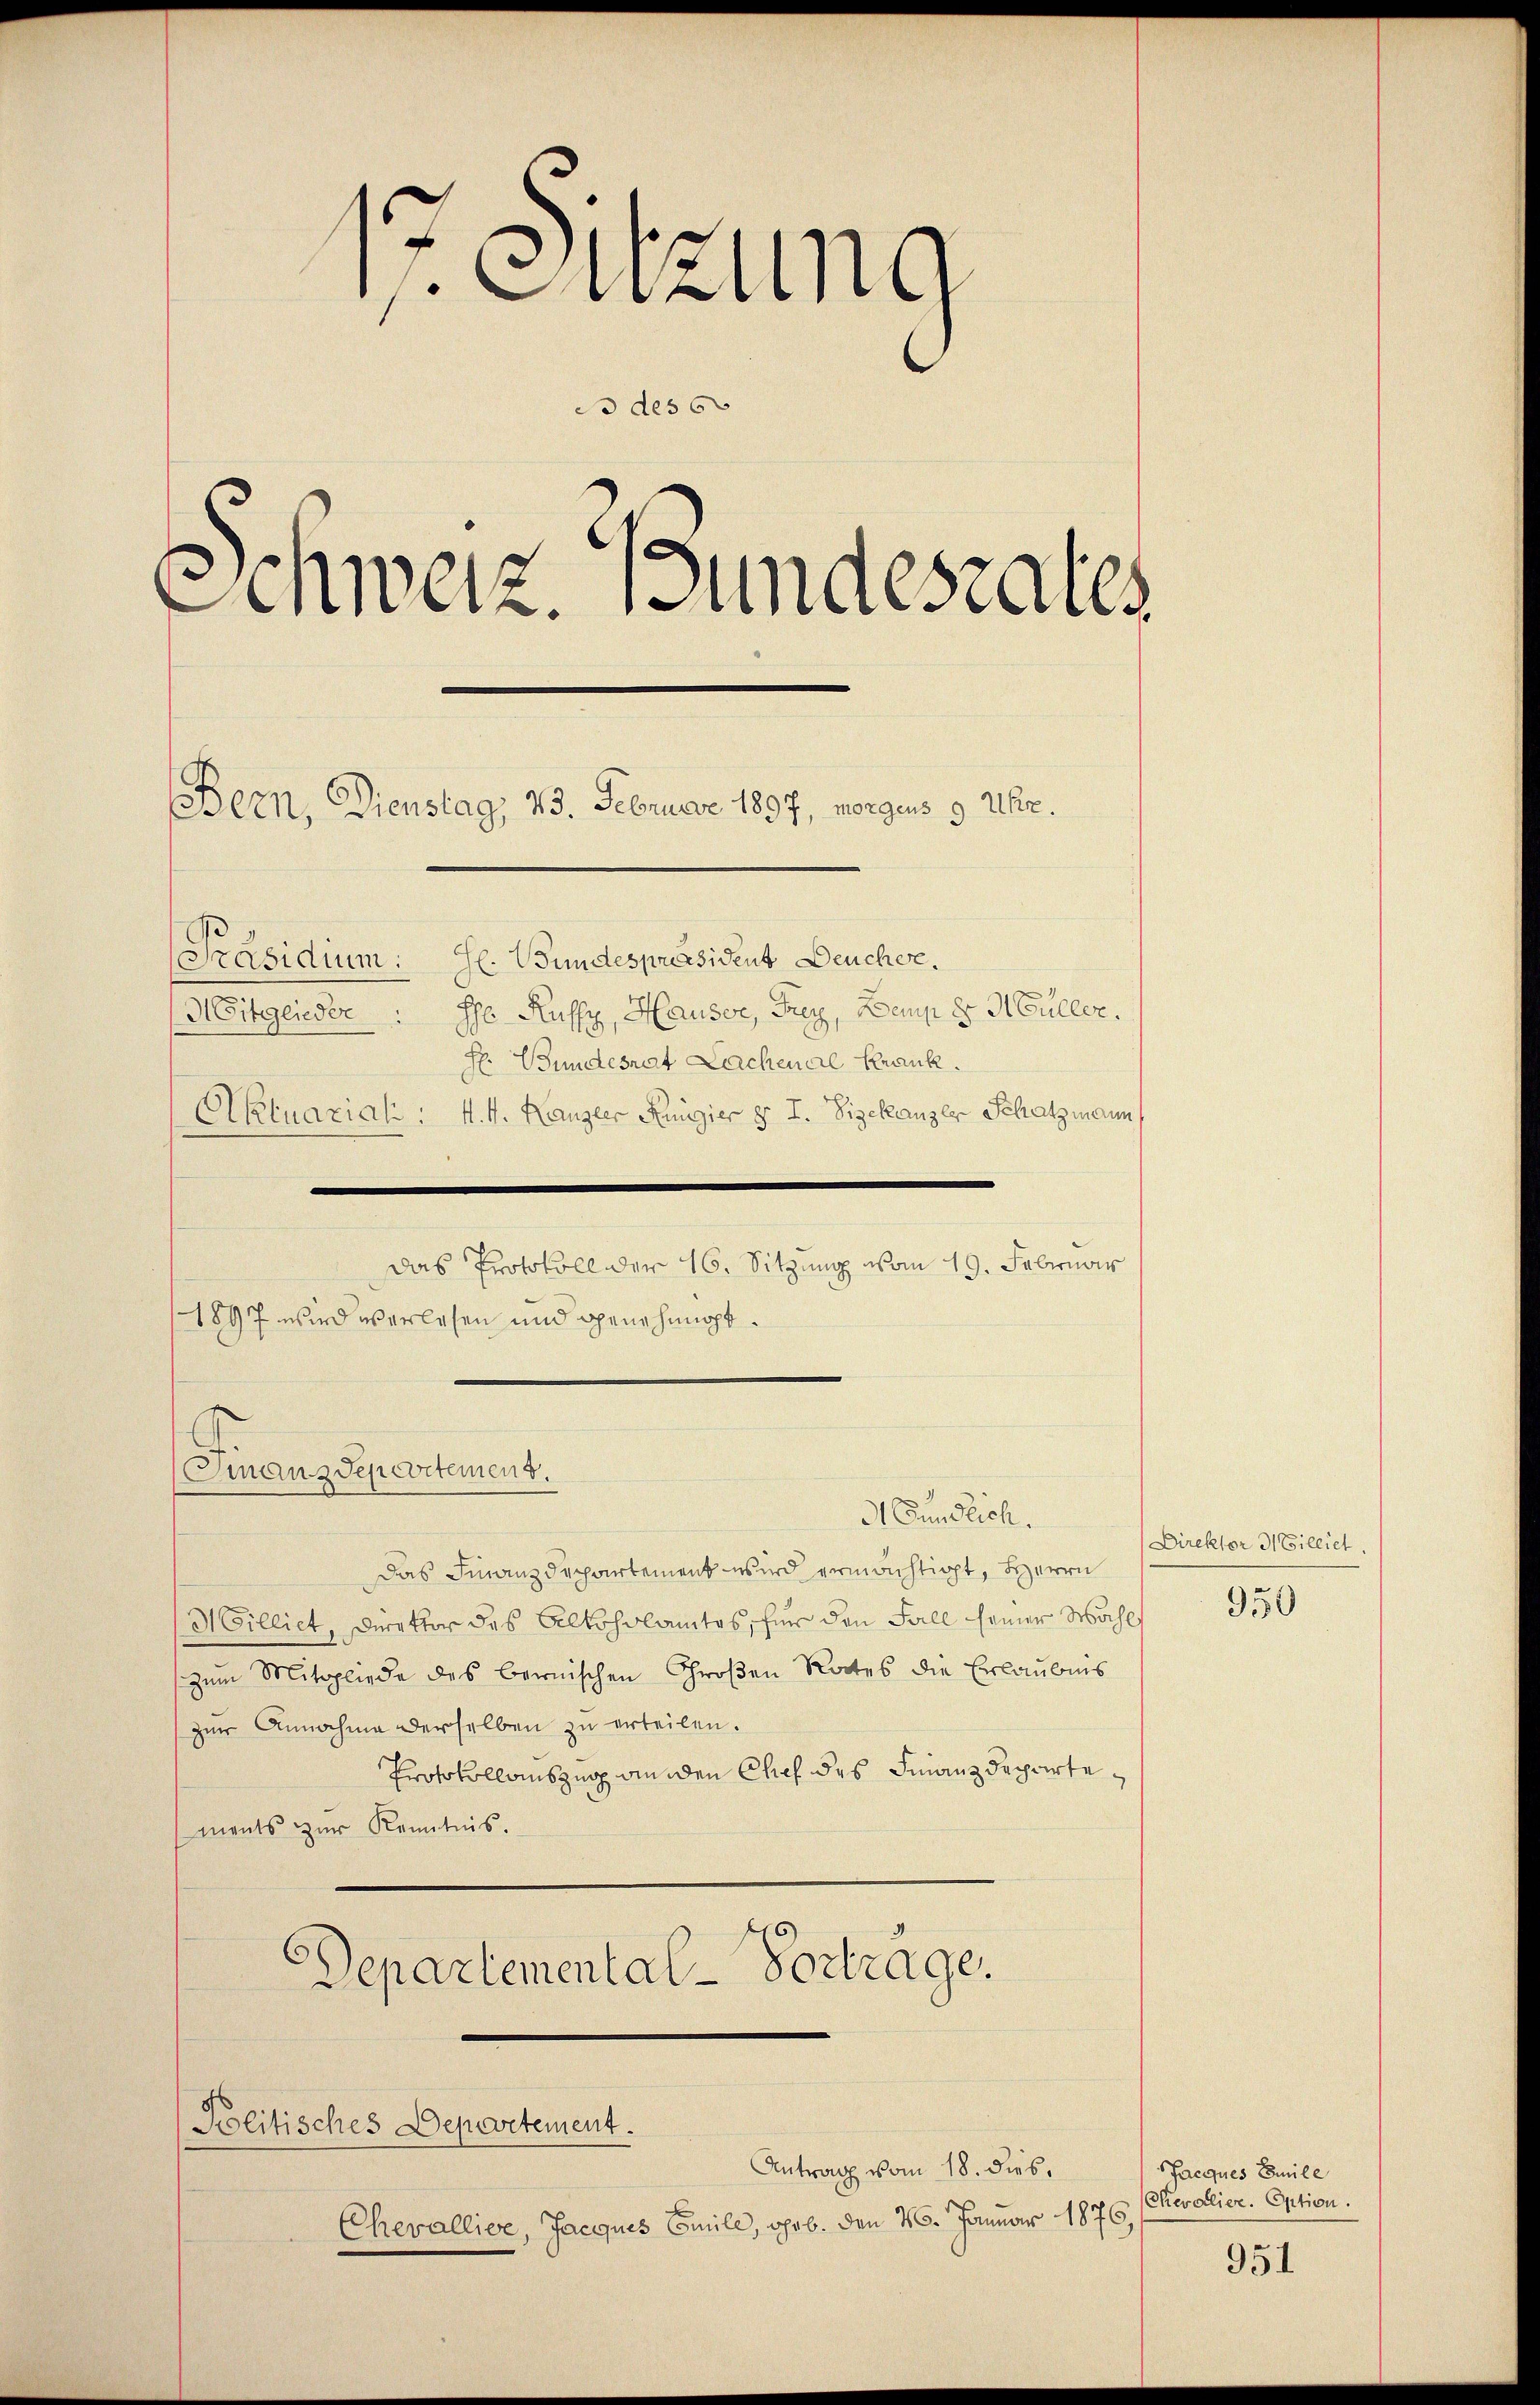
17. Sitzung
3 des s
Schweiz. B
desrates
Bern, Dienstag, 23. Februar 1897, morgens 9 Uhr.
[Präsidium: Hl. Wundespräsident Deucher.
Mitglieder Ehe Kussy, Hauser, Frey, Deup d Müller.
Hr. Bundesrat Lachenal Krank.
Aktuarial : 1. 4. Kanzler Regier v. J. Vizekanzer Schatzmann,

1897 wird verlesen und genehmigt.

Das Protokoll der 16. Sitzung vom 19. Februar

Finanzdepartement.
d Fundlich.

Das Finanzdepartement wird ermächtigt, Herrn
Milliet, Direktor des Alkoholamtos, für den Fall seiner Mahl
zum Mitgliede des bernischen Großen Rates die Erlaubnis
zŭr Annahme derselben zu erteilen.
Protokollauszug an den Chef des Finanzdepartements zur Kenntnis.
Departemental-Vortrage.

Politisches Departement.

Antrag vom 18. dies
Chevallier, Jacques Emile, geb. den 26. Januar 1876

Direktor 3 Cilliet.

950

Facques Emile
Chevalier. Option.

951